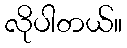
လိုပါတယ်။